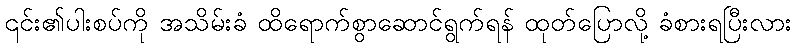
၎င်း၏ပါးစပ်ကို အသိမ်းခံ ထိရောက်စွာဆောင်ရွက်ရန် ထုတ်ပြောလို့ ခံစားရပြီးလား